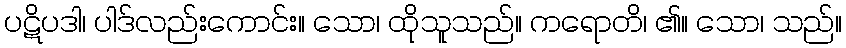
ပဋိပဒါ၊ ပါဒ်လည်းကောင်း။ သော၊ ထိုသူသည်။ ကရောတိ၊ ၏။ သော၊ သည်။